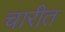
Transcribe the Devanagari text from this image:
चारीत